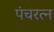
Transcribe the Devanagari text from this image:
पंचरत्‍न